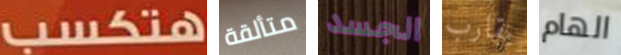
هتكسب متألقة الجسد يقارب الهام